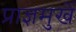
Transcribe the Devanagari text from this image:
प्राज्ञमुखें